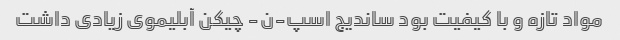
مواد تازه و با کیفیت بود ساندیج اسپ-ن- چیکن آبلیموی زیادی داشت